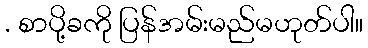
. စာပို့ခကို ပြန်အမ်းမည်မဟုတ်ပါ။